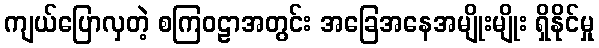
ကျယ်ပြောလှတဲ့ စကြဝဠာအတွင်း အခြေအနေအမျိုးမျိုး ရှိနိုင်မှု